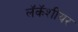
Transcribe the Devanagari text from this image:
लॅकॅशीयर